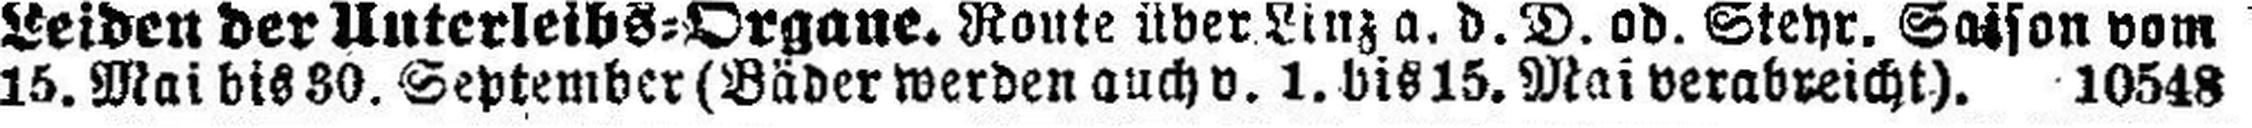
15. Mai bis 30. September (Bäder werden auch v. 1. bis 15. Mai verarbreicht). 10548